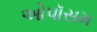
ઓપૉસમ